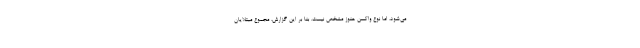
می‌شود، اما نوع واکسن هنوز مشخص نیست. بنا بر این گزارش، مجموع مبتلایان